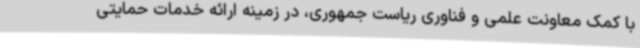
با کمک معاونت علمی و فناوری ریاست جمهوری، در زمینه ارائه خدمات حمایتی